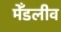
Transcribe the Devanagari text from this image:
मेँडलीव